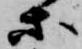
等